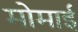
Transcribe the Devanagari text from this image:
मोमाई